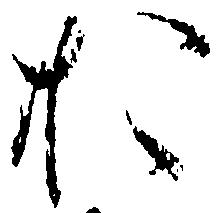
お